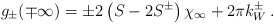
\begin{align*}g_{\pm }(\mp \infty )=\pm 2\left( S-2S^{\pm }\right) \chi _{\infty }+2\pi k^{\pm }_{W}\: .\end{align*}